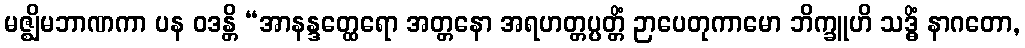
မဇ္ဈိမဘာဏကာ ပန ဝဒန္တိ “အာနန္ဒတ္ထေရော အတ္တနော အရဟတ္တပ္ပတ္တိံ ဉာပေတုကာမော ဘိက္ခူဟိ သဒ္ဓိံ နာဂတော,